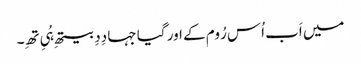
میں اَب اُس رُوم کے اور گیا جہا دِدِ بیتھِ ہُیِ تھِ۔